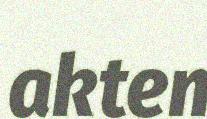
akten